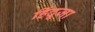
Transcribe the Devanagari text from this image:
हिंदूजा